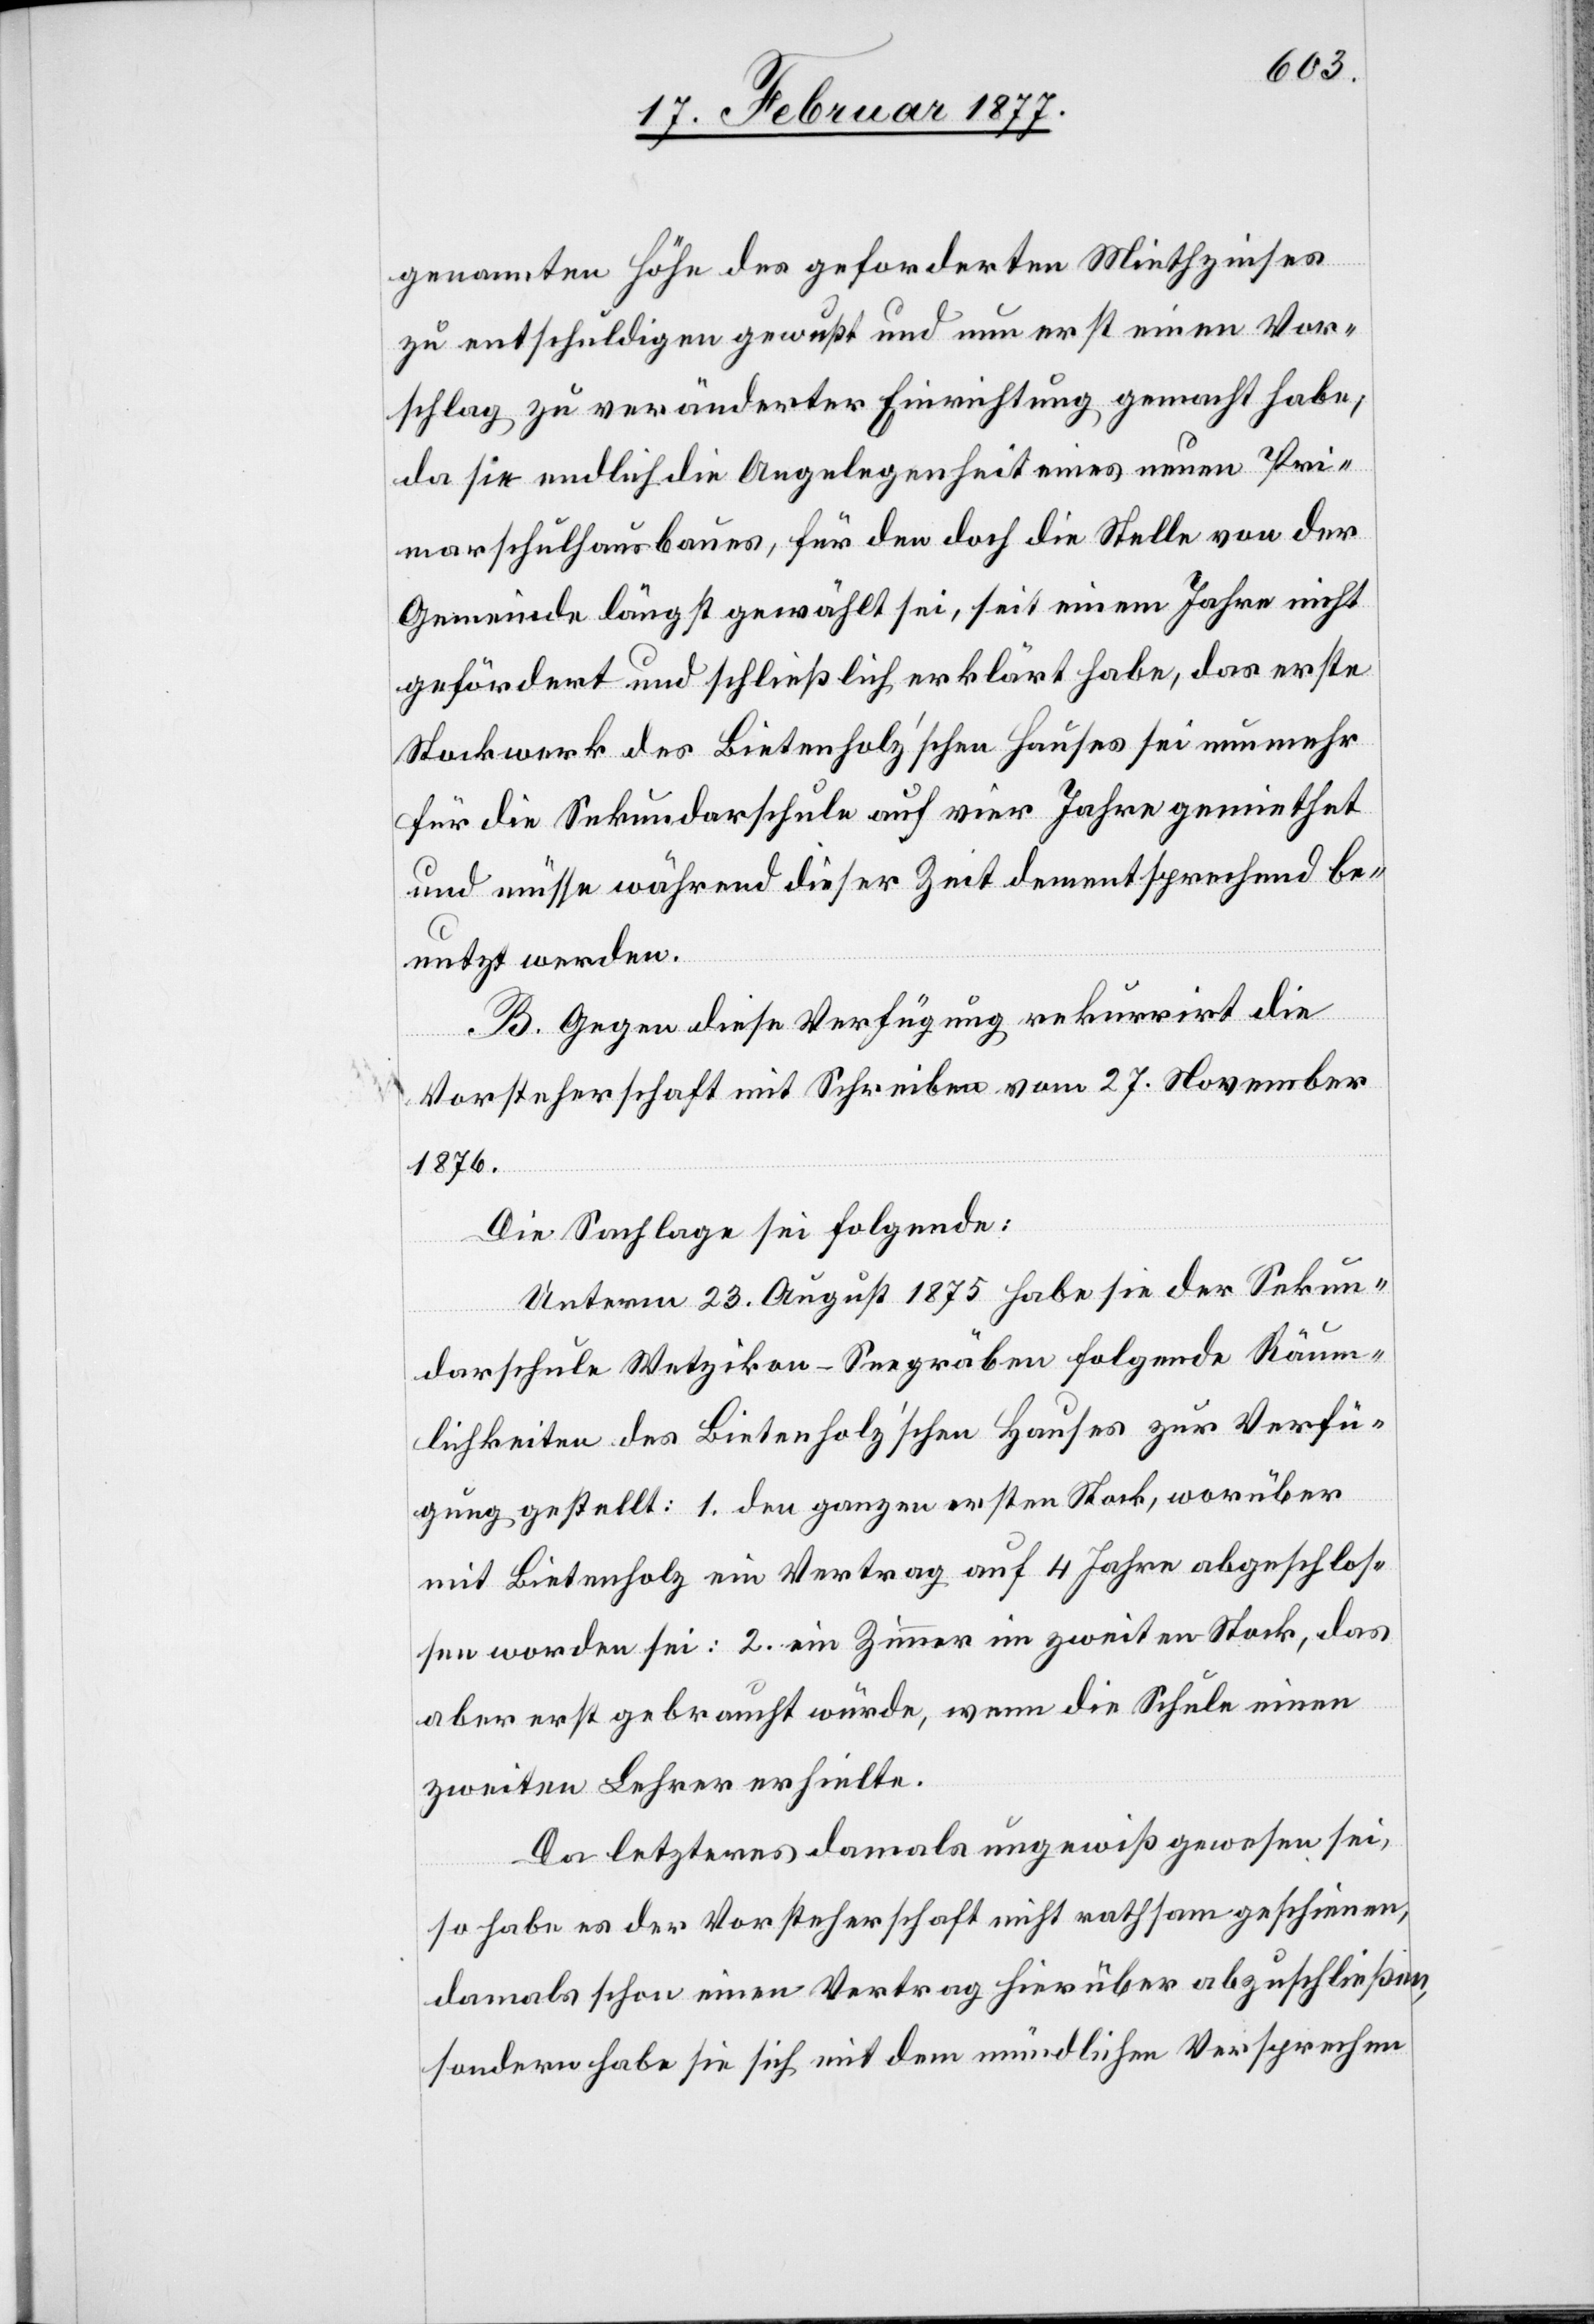
genannten Höhe des geforderten Miethzinses
zu entschuldigen gewußt und nun erst einen Vor¬
schlag zu veränderter Einrichtung gemacht habe,
da sie endlich die Angelegenheit eines neuen Pri¬
marschulhausbaues, für den doch die Stelle von der
Gemeinde längst gewählt sei, seit einem Jahre nicht
gefördert und schließlich erklärt habe, das erste
Stockwerk des Bietenholz’schen Hauses sei nunmehr
für die Sekundarschule auf vier Jahre gemiethet
und müsse während dieser Zeit dementsprechend be¬
nutzt werden.
B. Gegen diese Verfügung rekurrirt die
Vorsteherschaft mit Schreiben vom 27. November
1876.
Die Sachlage sei folgende:
Unterm 23. August 1875 habe sie der Sekun¬
darschule Wetzikon-Seegräben folgende Räum¬
lichkeiten des Bietenholz’schen Hauses zur Verfü¬
gung gestellt: 1. den ganzen ersten Stock, worüber
mit Bietenholz ein Vertrag auf 4 Jahre abgeschlos¬
sen worden sei; 2. ein Zimmer im zweiten Stock, das
aber erst gebraucht würde, wenn die Schule einen
zweiten Lehrer erhielte.
Da letzteres damals ungewiß gewesen sei,
so habe es der Vorsteherschaft nicht rathsam geschienen,
damals schon einen Vertrag hierüber abzuschließen,
sondern habe sie sich mit dem mündlichen Versprechen